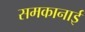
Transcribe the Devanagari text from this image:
समकानाई